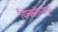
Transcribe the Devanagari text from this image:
विश्वसनीयतापूर्वक